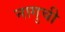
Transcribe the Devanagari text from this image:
नागुची